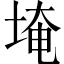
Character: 埯